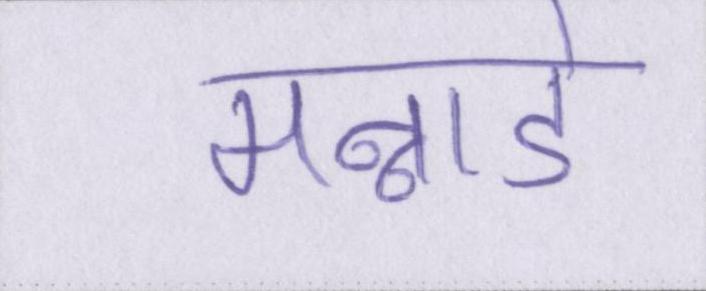
मन्नाडे